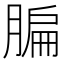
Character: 䐔